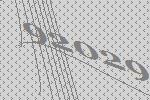
92029